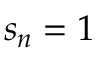
s _ { n } = 1